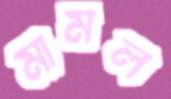
মামল